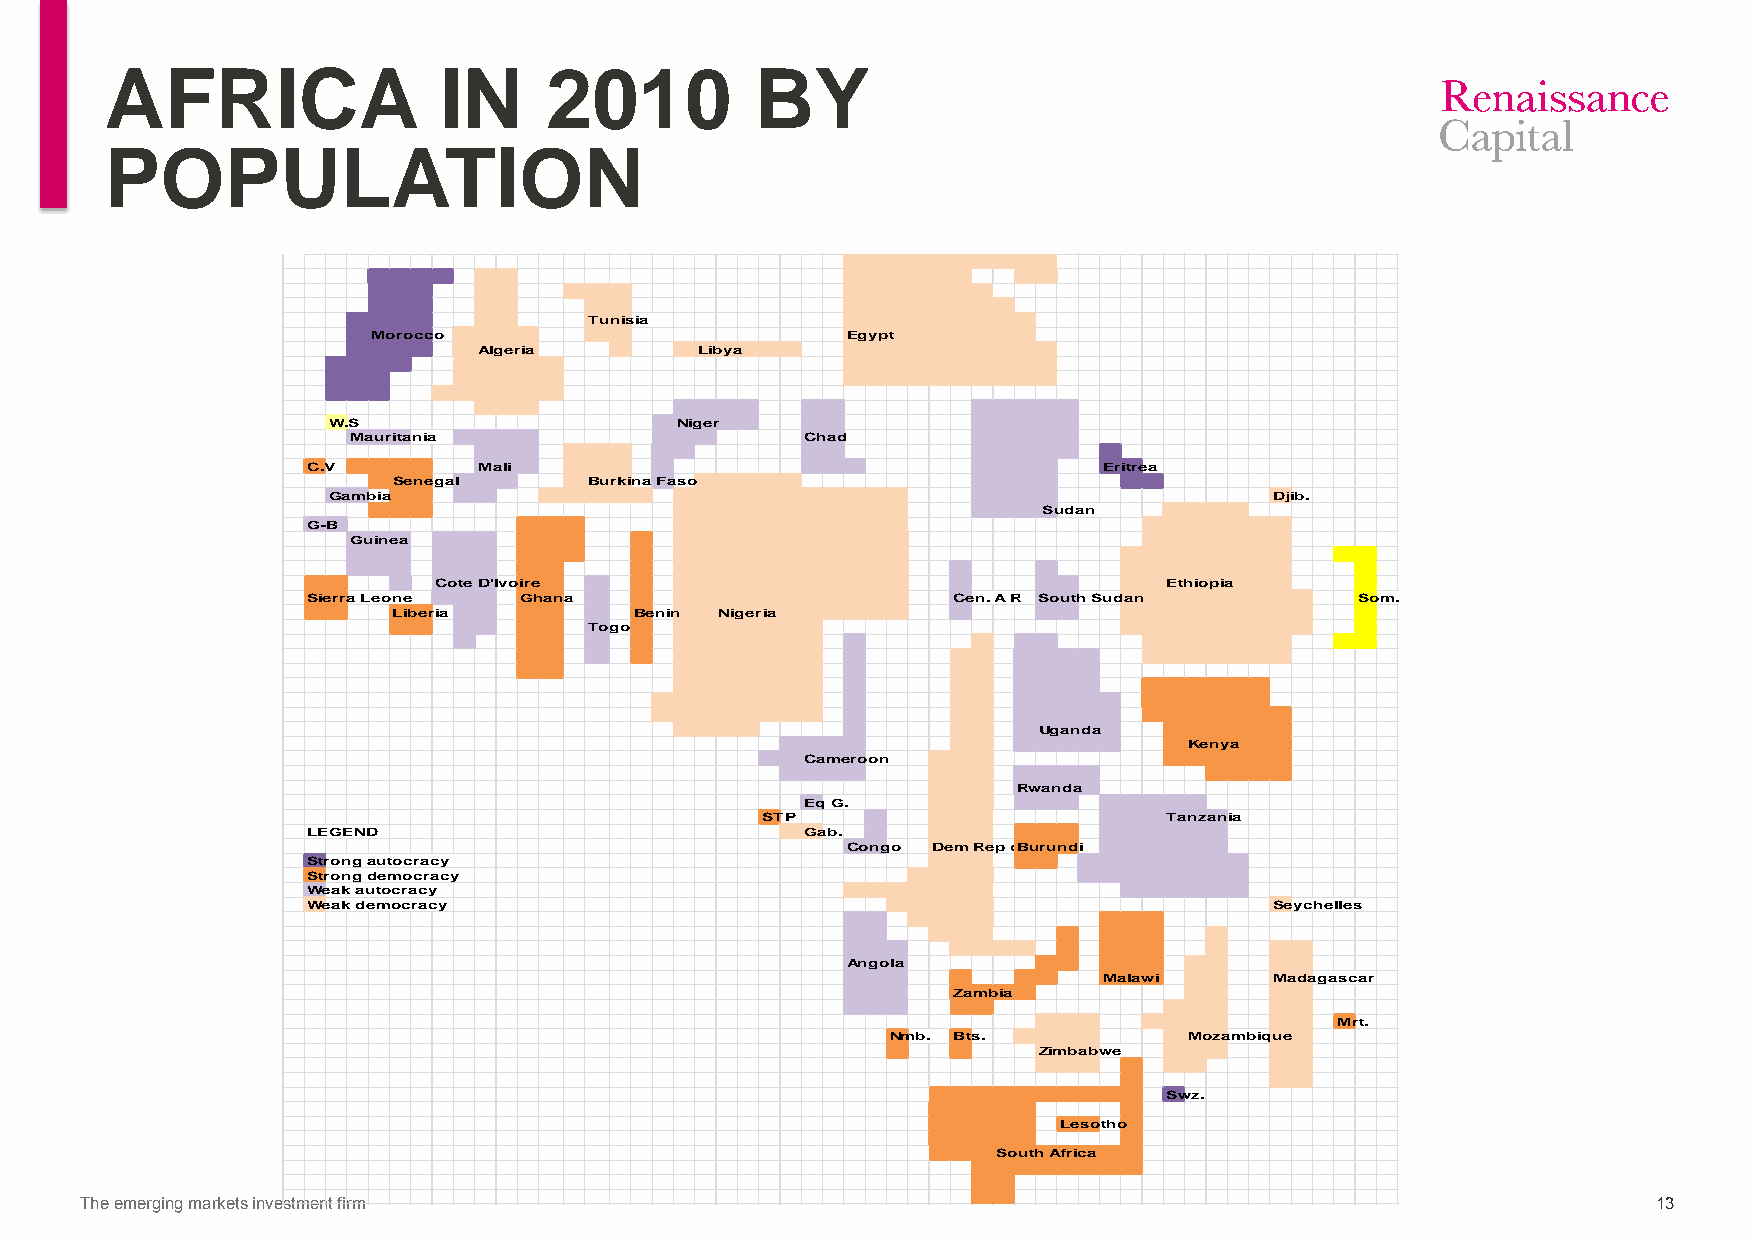
AFRICA                IN     2010          BY
 POPULATION
 Tunisia
 Morocco                        Egypt
 Algeria       Libya
 W.S                    Niger
 Mauritania                    Chad
 C.V         Mali                                     Eritrea
 Senegal      Burkina Faso
 Gambia                                                        Djib.
 Sudan
 G-B
 Guinea
 Cote D'Ivoire                                   Ethiopia
 Sierra Leone  Ghana                        Cen. A R South Sudan       Som.
 Liberia         Benin Nigeria
 Togo
 Uganda
 Kenya
 Cameroon
 Rwanda
 Eq G.
 STP                        Tanzania
 LEGEND                           Gab.
 Congo Dem Rep oBf uCrounngdoi
 Strong autocracy
 Strong democracy
 Weak autocracy
 Weak democracy                                                  Seychelles
 Angola
 Malawi     Madagascar
 Zambia
 Mrt.
 Nmb. Bts.           Mozambique
 Zimbabwe
 Swz.
 Lesotho
 South Africa
 The emerging markets investment firm                                                                     13